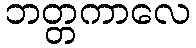
ဘတ္တကာလေ